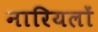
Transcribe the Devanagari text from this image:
नारियलों